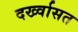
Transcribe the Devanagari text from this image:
दर्ख्वासत